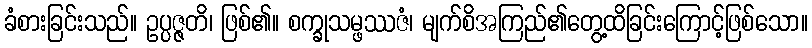
ခံစားခြင်းသည်။ ဥပ္ပဇ္ဇတိ၊ ဖြစ်၏။ စက္ခုသမ္ဖဿဇံ၊ မျက်စိအကြည်၏တွေ့ထိခြင်းကြောင့်ဖြစ်သော။